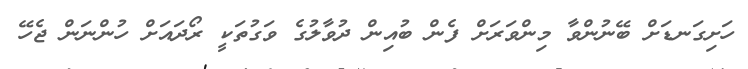
ހަށިގަނޑަށް ބޭނުންވާ މިންވަރަށް ފެން ބުއިން ދުވާލުގެ ވަގުތަކީ ރޯދައަށް ހުންނަން ޖެހޭ